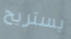
يستريح